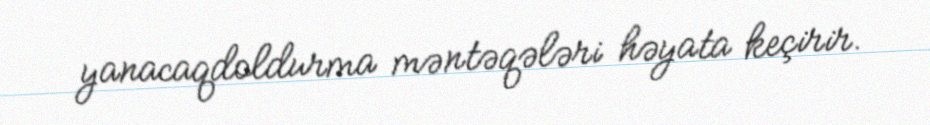
yanacaqdoldurma məntəqələri həyata keçirir.